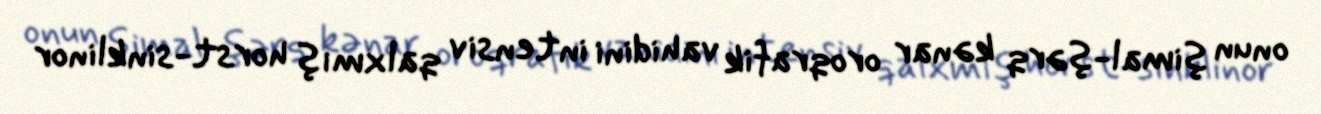
onun şimal-şərq kənar oroqrafik vahidini intensiv qalxmış horst-sinklinor